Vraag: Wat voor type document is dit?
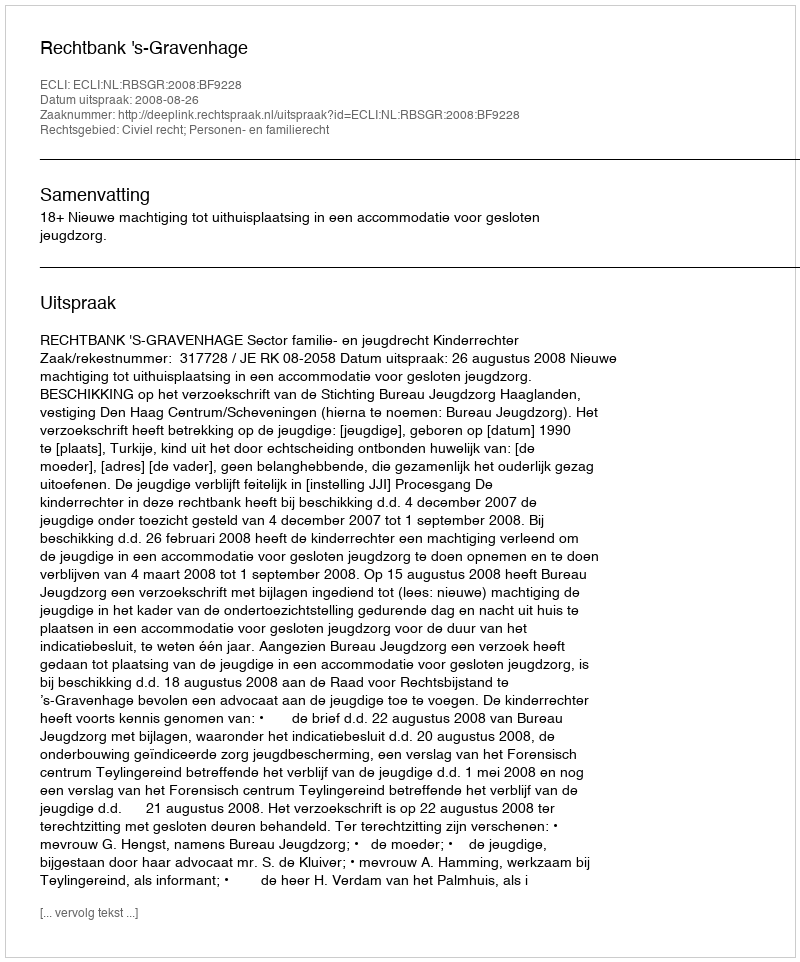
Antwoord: Uitspraak